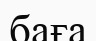
баға